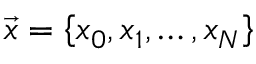
\vec { x } = \left\{ x _ { 0 } , x _ { 1 } , \ldots , x _ { N } \right\}